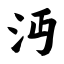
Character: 沔